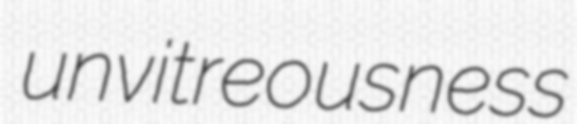
unvitreousness